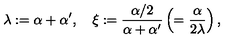
\lambda : = \alpha + \alpha ^ { \prime } , \quad \xi : = { \frac { \alpha / 2 } { \alpha + \alpha ^ { \prime } } } \left( = { \frac { \alpha } { 2 \lambda } } \right) ,